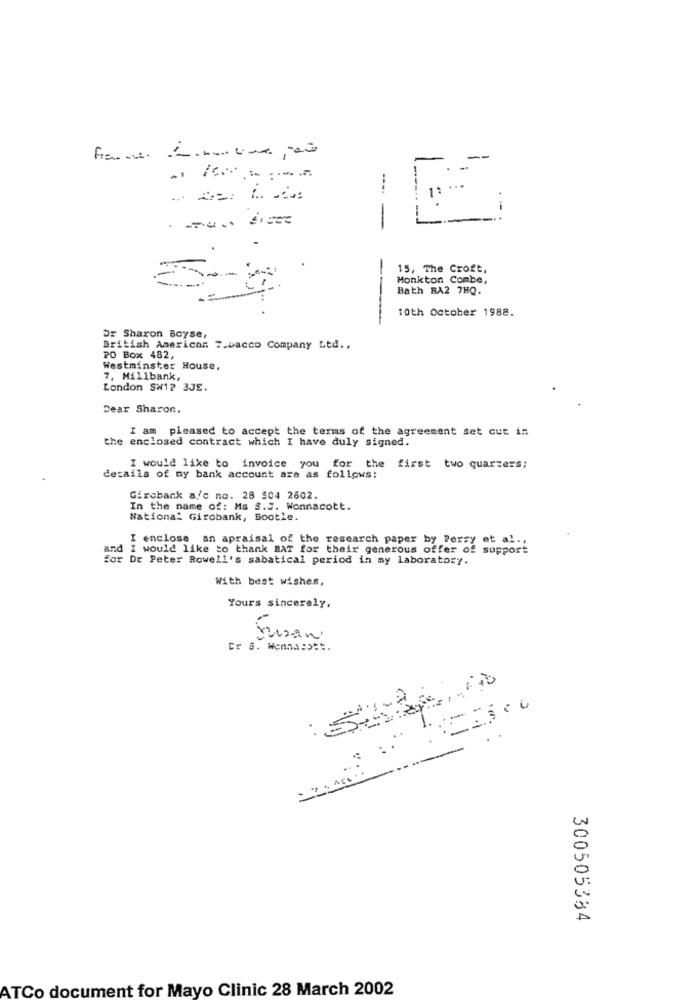
--
. -
1: ···
-
15, The Croft,
Monkton Combe,
Bath BA2 7HQ.
10th October 1988.
Dr Sharon Scyse,
British American 7.bacco Company Ltd .,
PO Box 482,
Westminster House,
7, Millbank,
London SW1? 3JE.
Dear Sharon,
I am pleased to accept the terms of the agreement set cut in
the enclosed contract which I have duly signed.
I would like to invoice you for the first two quarters;
details of my bank account are as follows:
Girobank a/c no. 28 504 2602.
In the name of: Ms S.J. Wonnacott.
National Girobank, Bootle.
I enclose an apraisal of the research paper by Perzy et al .,
I would like to thank BAT for their generous offer of support
Dr Peter Rowell's sabatical period in my laboratory.
With best wishes,
Yours sincerely,
Cr S. Wenns:>tt.
300505384
ATCo document for Mayo Clinic 28 March 2002